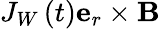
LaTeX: J_{W}\left(t\right)\mathbf{e}_{r}\times\mathbf{B}